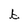
Character: b